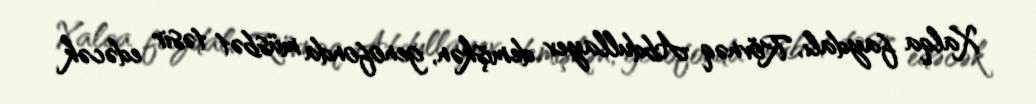
Xalqa faydalı, Rövnəq Abdullayev demişkən, genofonda müsbət təsir edəcək